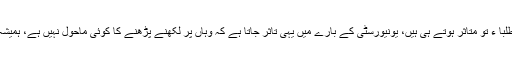
اس قسم کے فیصلے سے طلبا ء تو متاثر ہوتے ہی ہیں، یونیورسٹی کے بارے میں یہی تاثر جاتا ہے کہ وہاں پر لکھنے پڑھنے کا کوئی ماحول نہیں ہے، ہمیشہ جھگڑا فساد ہوتا رہتا ہے۔